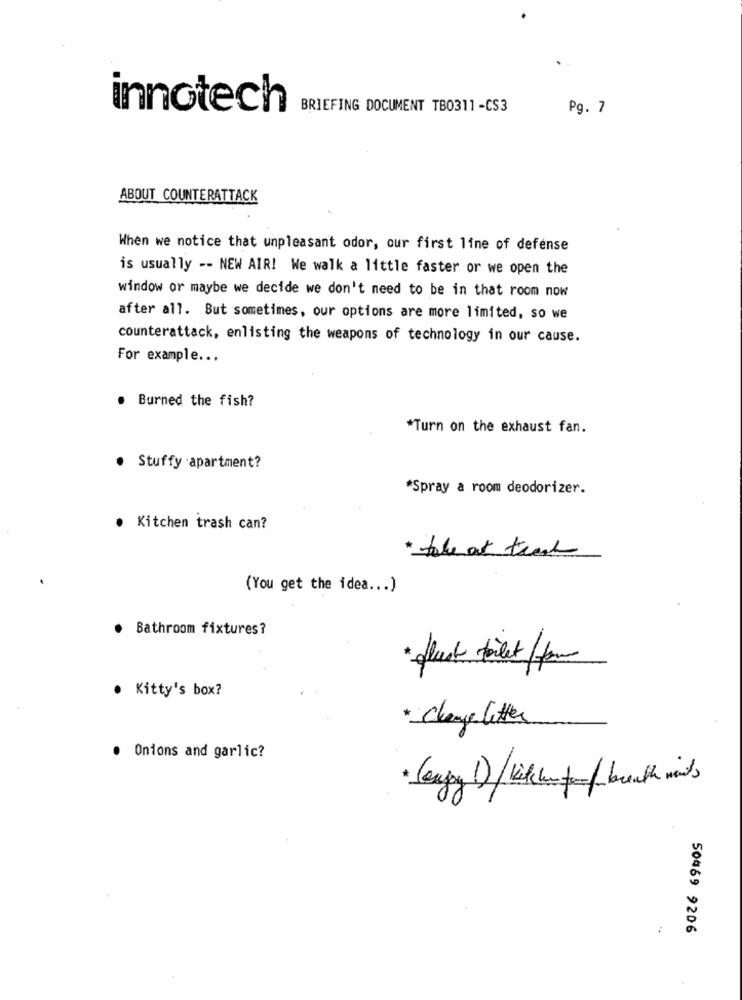
innotech
BRIEFING DOCUMENT TB0311 -CS3
Pg. 7
ABOUT COUNTERATTACK
When we notice that unpleasant odor, our first line of defense
is usually -- NEW AIR! We walk a little faster or we open the
window or maybe we decide we don't need to be in that room now
after all. But sometimes, our options are more limited, so we
counterattack, enlisting the weapons of technology in our cause.
For example ...
. Burned the fish?
*Turn on the exhaust fan.
. Stuffy apartment?
*Spray a room deodorizer.
· Kitchen trash can?
* take at track
(You get the idea ... )
Bathroom fixtures?
flust toilet /fam
Kitty's box?
Change litter
· Onions and garlic?
50469 9206